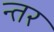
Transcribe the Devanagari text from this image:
न्तर